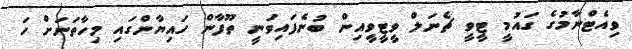
ވިއެޓްނާމުގެ ގައުމީ ޓީވީ ޗެނަލް ވީޓީވީއިން ބުނެފައިވަނީ ތޫފާން ހައިޔާންގައި މިހާތަނަށް ހަ